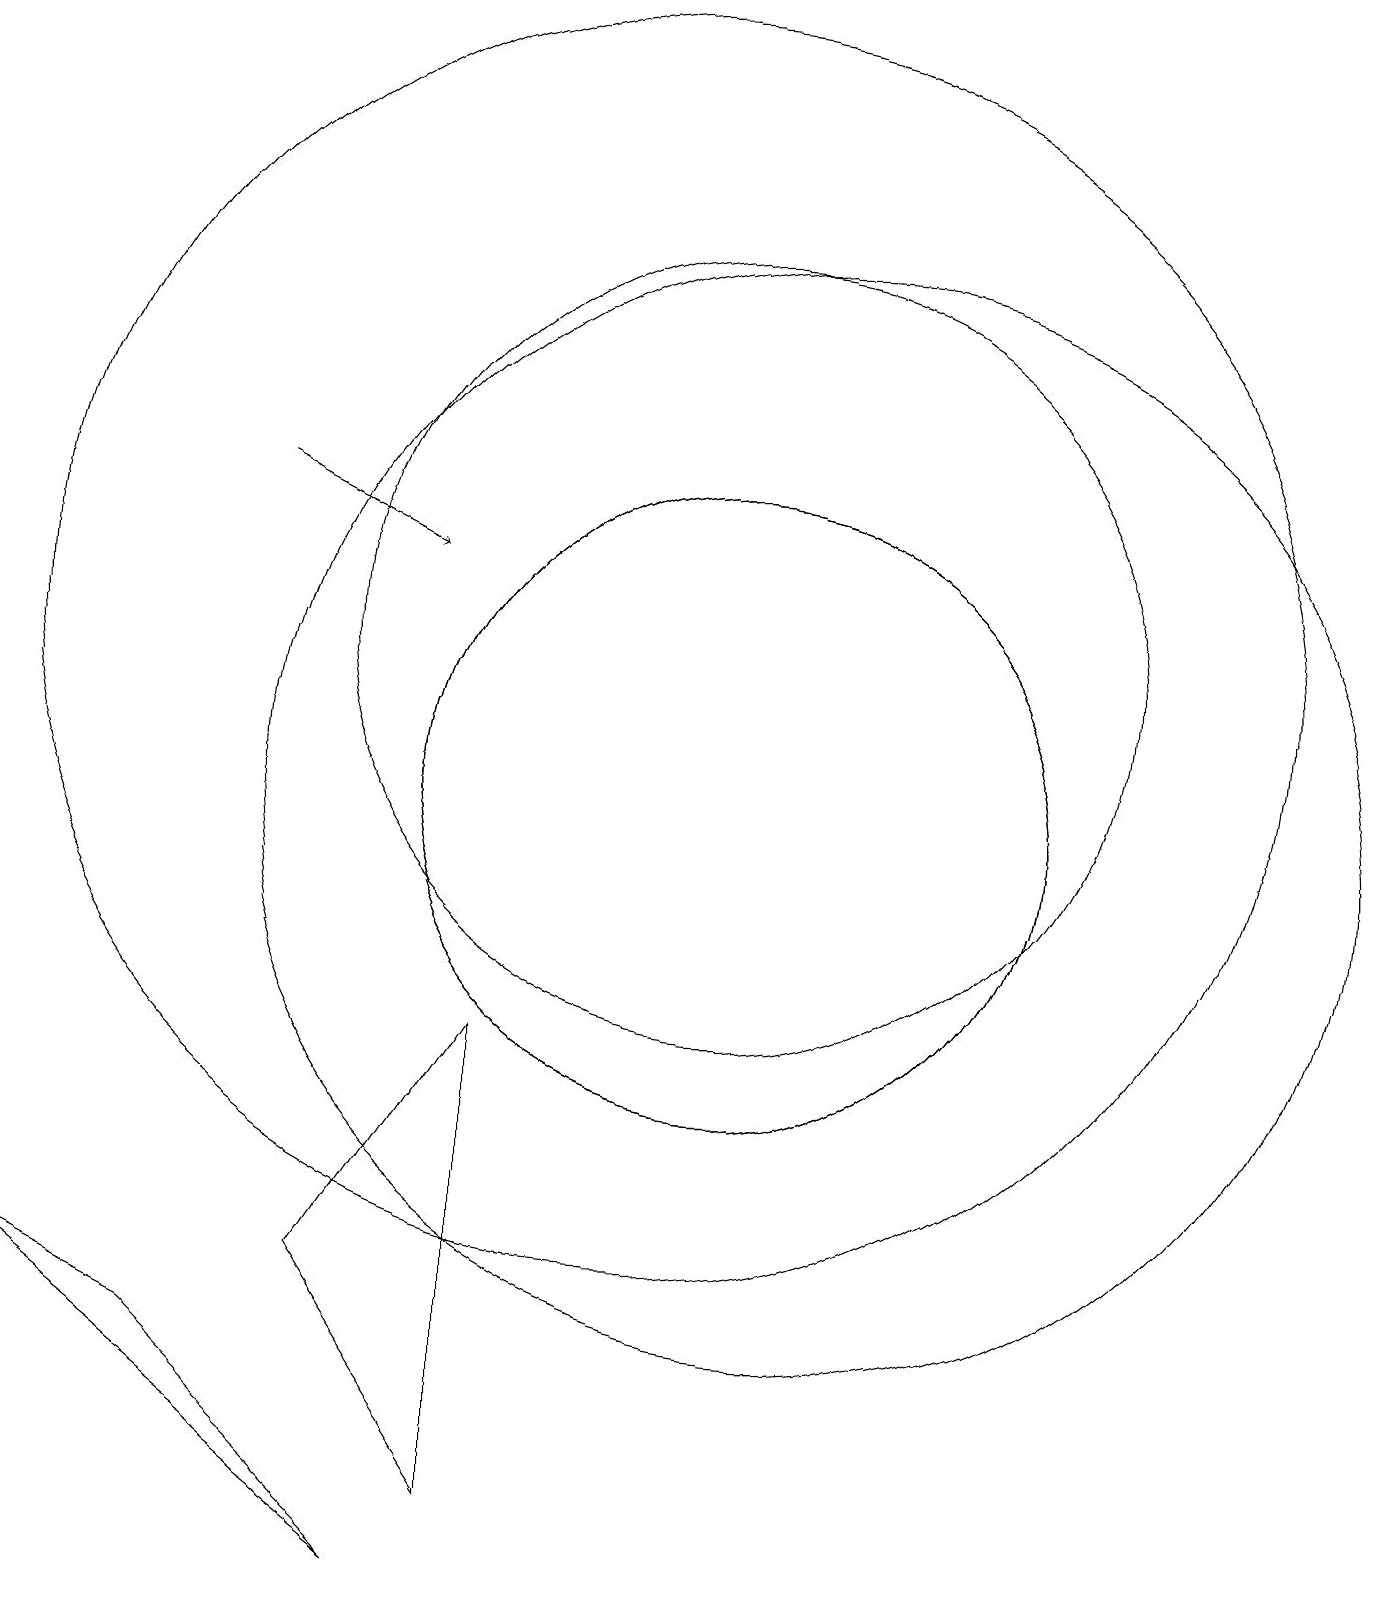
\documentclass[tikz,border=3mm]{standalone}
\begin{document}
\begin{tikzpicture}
\draw (12,10) circle (7);
\draw (8,7) -- (6,4) -- (8,1) -- cycle;
\draw (2,4) -- (4,3) -- (7,0) -- cycle;
\draw (10,12) circle (8);
\draw (11,10) circle (4);
\draw (11,12) circle (5);
\draw (11,10) circle (4);
\draw[->] (5,14) -- (7,13);
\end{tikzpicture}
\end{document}